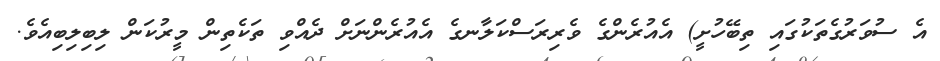
އެ ސުވަރުގެތަކުގައި ތިބޭހުށީ) އެއުރެންގެ ވެރިރަސްކަލާނގެ އެއުރެންނަށް ދެއްވި ތަކެތިން މީރުކަން ލިބިލިބިއެވެ.